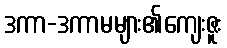
ဒကာ-ဒကာမများ၏ကျေးဇူး